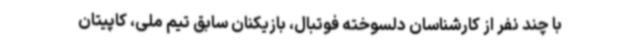
با چند نفر از کارشناسان دلسوخته فوتبال، بازیکنان سابق تیم ملی، کاپیتان